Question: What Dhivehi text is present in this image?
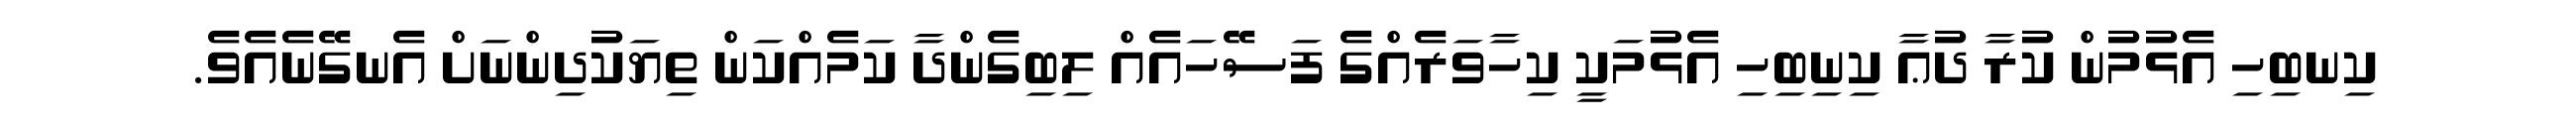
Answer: ކިނބިހި އެޅުމުން ކުރާ ދުޢާ ކިނިބިހި އެޅުމަކީ ކިހާވަރެއްގެ ފަސޭހައެއް ލިބިގެންދާ ކަމެއްކަން ތިޔަކުދިންނަށް އެނގޭނެއެވެ.